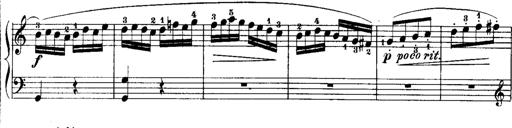
Title: Rondos and Sonatinas for Pianoforte
Composer: Daniel Steibelt